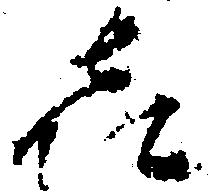
喜